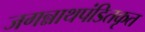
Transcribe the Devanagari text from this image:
जगन्नाथपंडितकृत